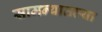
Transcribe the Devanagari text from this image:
सामन्यातल्या